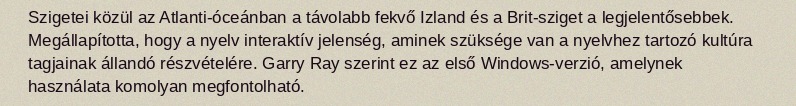
Szigetei közül az Atlanti-óceánban a távolabb fekvő Izland és a Brit-sziget a legjelentősebbek. Megállapította, hogy a nyelv interaktív jelenség, aminek szüksége van a nyelvhez tartozó kultúra tagjainak állandó részvételére. Garry Ray szerint ez az első Windows-verzió, amelynek használata komolyan megfontolható.